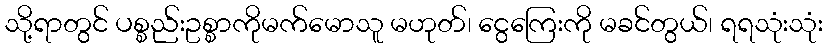
သို့ရာတွင် ပစ္စည်းဥစ္စာကိုမက်မောသူ မဟုတ်၊ ငွေကြေးကို မခင်တွယ်၊ ရရသုံးသုံး